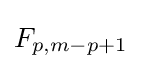
F_{p,m-p+1}